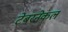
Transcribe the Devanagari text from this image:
टेबरनेकल